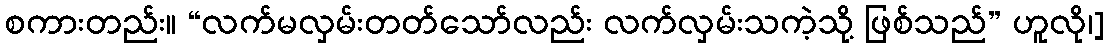
စကားတည်း။ “လက်မလှမ်းတတ်သော်လည်း လက်လှမ်းသကဲ့သို့ ဖြစ်သည်” ဟူလို၊]